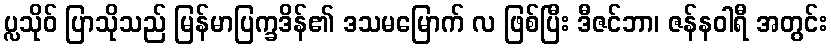
ပ္လသိုဝ် ပြာသိုသည် မြန်မာပြက္ခဒိန်၏ ဒသမမြောက် လ ဖြစ်ပြီး ဒီဇင်ဘာ၊ ဇန်နဝါရီ အတွင်း